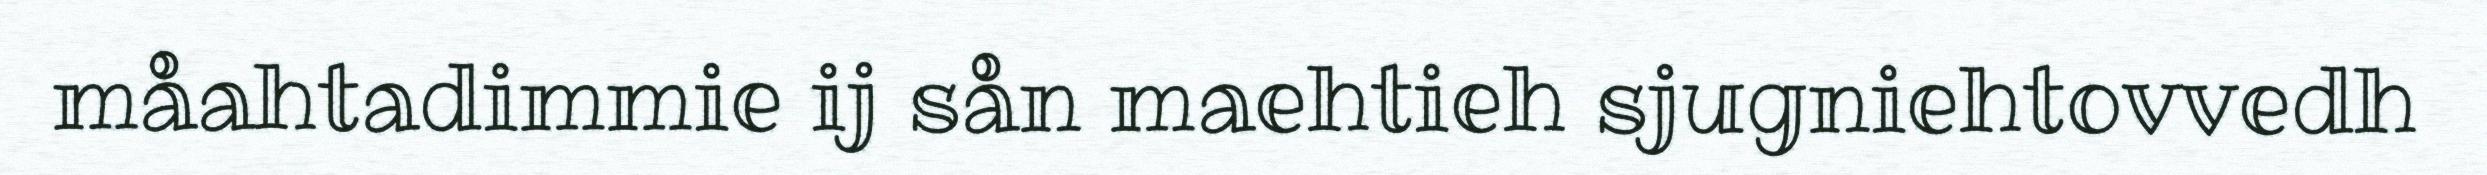
måahtadimmie ij sån maehtieh sjugniehtovvedh